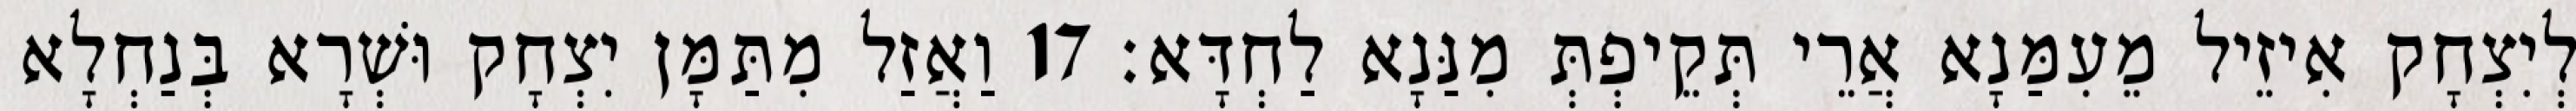
לְיִצְחָק אִיזֵיל מֵעִמַּנָא אֲרֵי תְּקֵיפְתְּ מִנַּנָא לַחְדָּא׃ 17 וַאֲזַל מִתַּמָּן יִצְחָק וּשְׁרָא בְּנַחְלָא